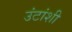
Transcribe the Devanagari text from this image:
उंटांशी